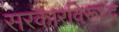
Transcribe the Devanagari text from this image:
सरकारविरूध्द